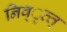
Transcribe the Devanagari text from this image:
निव्ृत्त्